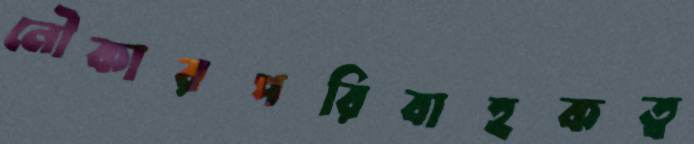
নৌকারপরিবাহকত্ব